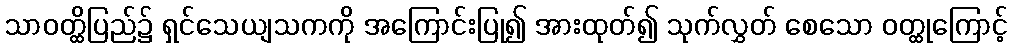
သာဝတ္ထိပြည်၌ ရှင်သေယျသကကို အကြောင်းပြု၍ အားထုတ်၍ သုက်လွှတ် စေသော ဝတ္ထုကြောင့်